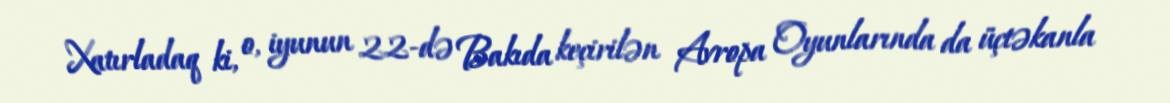
Xatırladaq ki, o, iyunun 22-də Bakıda keçirilən Avropa Oyunlarında da üçtəkanla